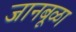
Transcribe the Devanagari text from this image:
जानबूळा